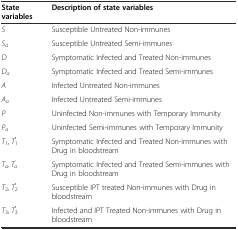
| State variables | Description of state variables |
 | --- | --- |
 | S | Susceptible Untreated Non-immunes |
 | Sa | Susceptible Untreated Semi-immunes |
 | D | Symptomatic Infected and Treated Non-immunes |
 | Da | Symptomatic Infected and Treated Semi-immunes |
 | A | Infected Untreated Non-immunes |
 | Aa | Infected Untreated Semi-immunes |
 | P | Uninfected Non-immunes with Temporary Immunity |
 | Pa | Uninfected Semi-immunes with Temporary Immunity |
 | T1, T1′ | Symptomatic Infected and Treated Non-immunes with Drug in bloodstream |
 | Ta, Ta’ | Symptomatic Infected and Treated Semi-immunes with Drug in bloodstream |
 | T2, T2′ | Susceptible IPT treated Non-immunes with Drug in bloodstream |
 | T3, T3′ | Infected and IPT Treated Non-immunes with Drug in bloodstream |